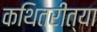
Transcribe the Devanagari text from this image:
कथितरीत्या